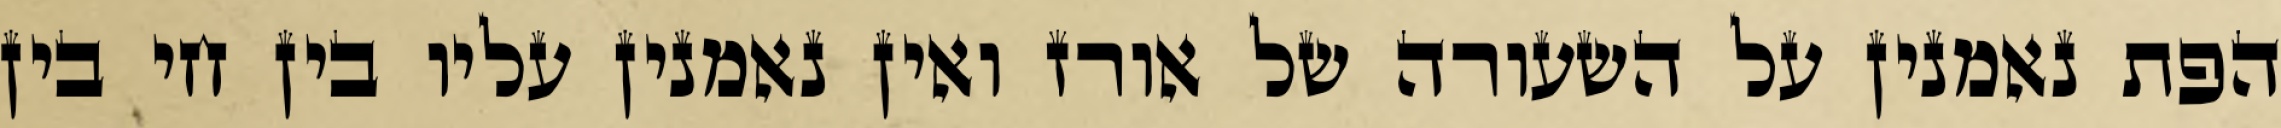
הפת נאמנין על השעורה של אורז ואין נאמנין עליו בין חי בין